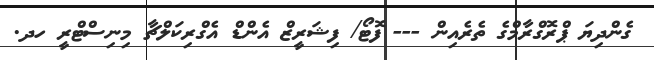
ގެންދިޔަ ޕްރޮގްރާމްގެ ތެރެއިން --- ފޮޓޯ/ ފިޝަރީޒް އެންޑް އެގްރިކަލްޗާ މިނިސްޓްރީ ހދ.